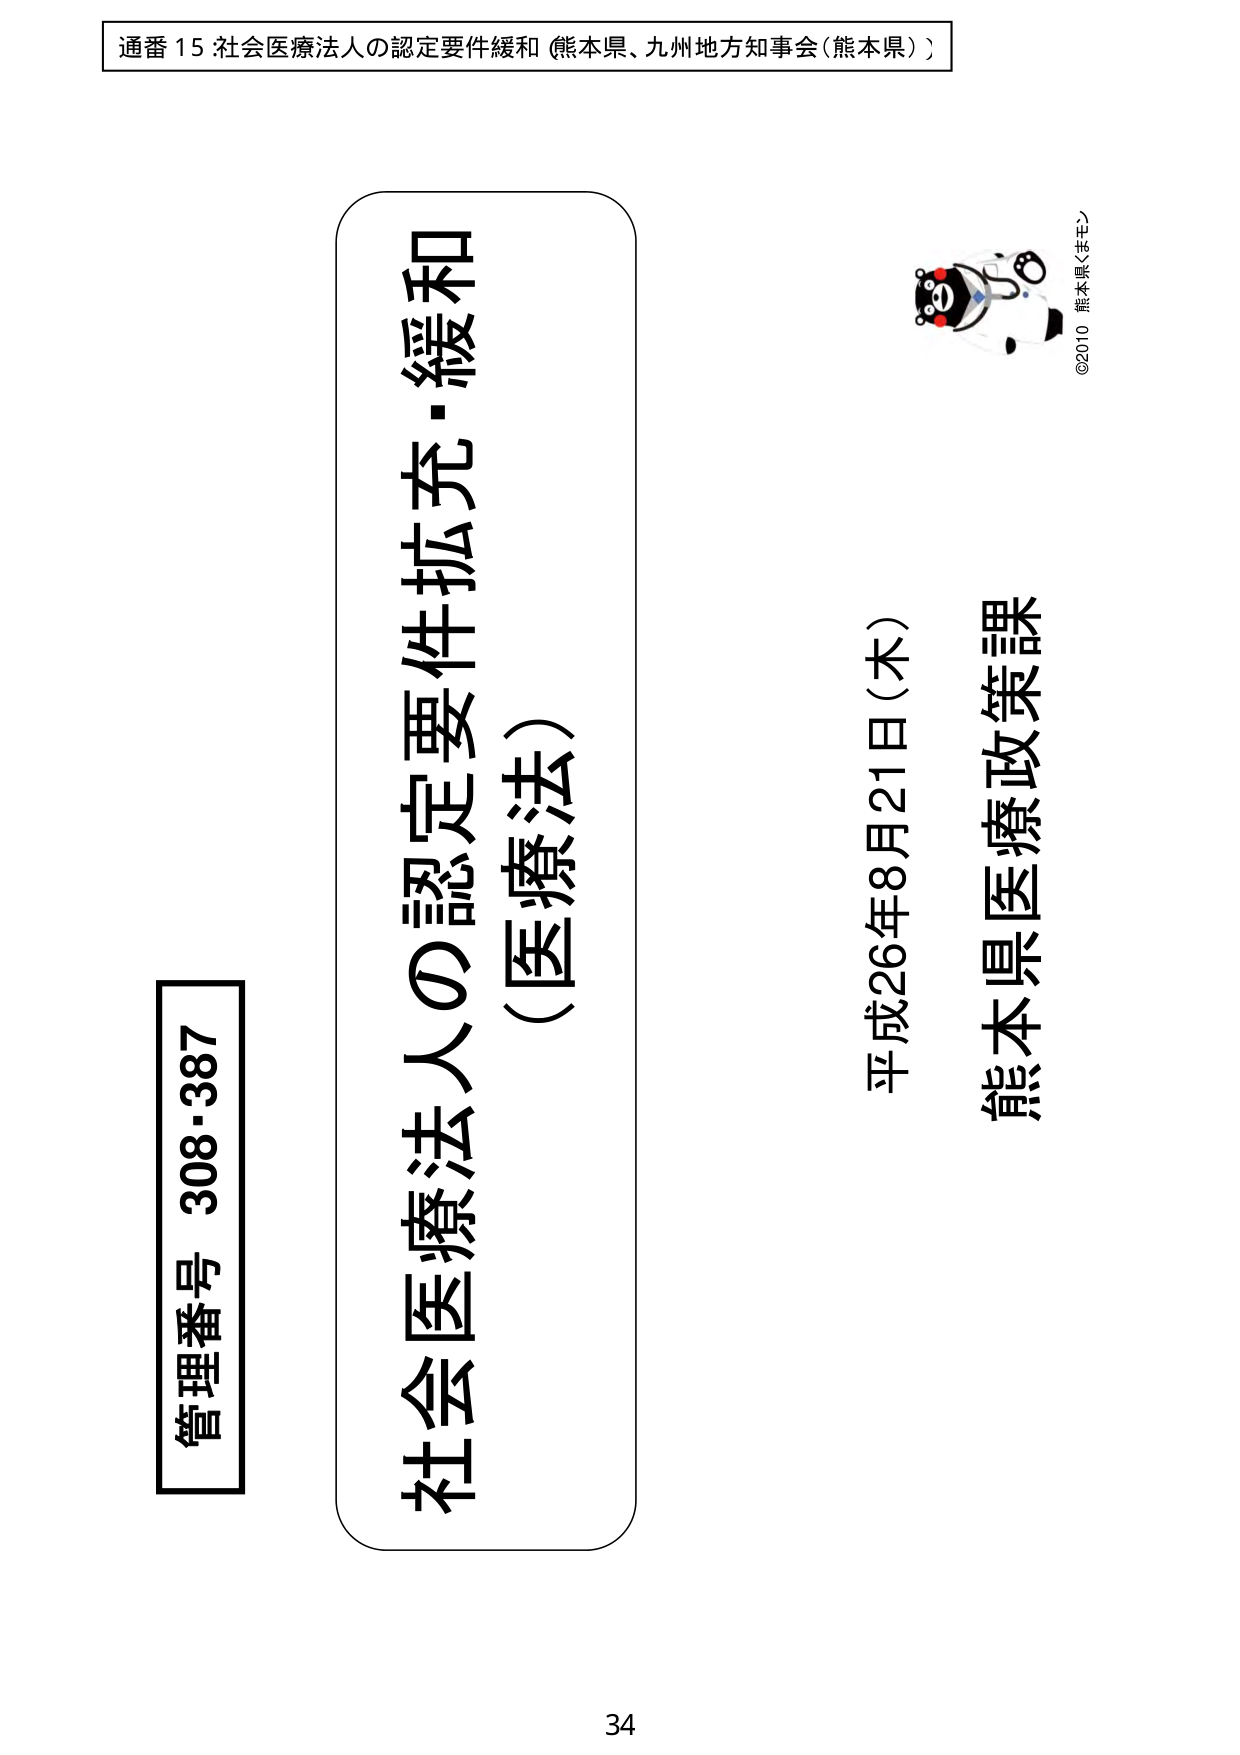
通番 15 社会医療法人の認定要件緩和（熊本県、九州地方知事会（熊本県））

管理番号 308・387

社会医療法人の認定要件拡充・緩和
（医療法）

平成26年8月21日（木）
熊本県医療政策課

©2010 熊本県くまモン

34